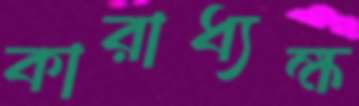
কারাধ্যক্ষ